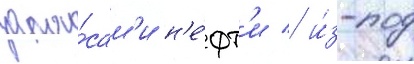
запа́сам'и н'е́фт'и / и́з-под